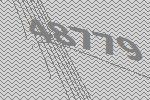
48779